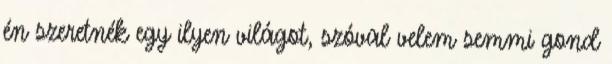
én szeretnék egy ilyen világot, szóval velem semmi gond